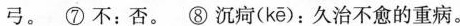
弓。⑦不：否。⑧沉疴( ke )：久治不愈的重病。